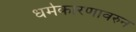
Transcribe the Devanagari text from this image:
धर्मकारणावरुन